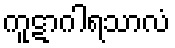
ကူဋာဂါရသာလံ